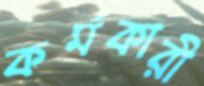
কর্মকারী